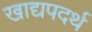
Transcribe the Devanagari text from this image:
खाद्यपदर्थ